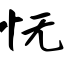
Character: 怃